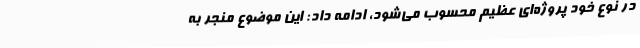
در نوع خود پروژه‌ای عظیم محسوب می‌شود، ادامه داد: این موضوع منجر به